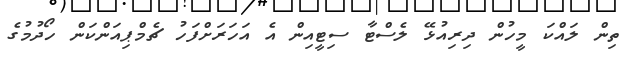
ތިން ލައްކަ މީހުން ދިރިއުޅޭ ލެސްޓާ ސިޓީއިން އެ އަހަރަށްފަހު ޗެމްޕިއަންކަން ހޯދުމުގެ